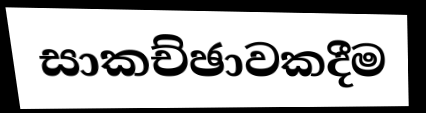
සාකච්ඡාවකදීම